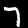
Label: 7